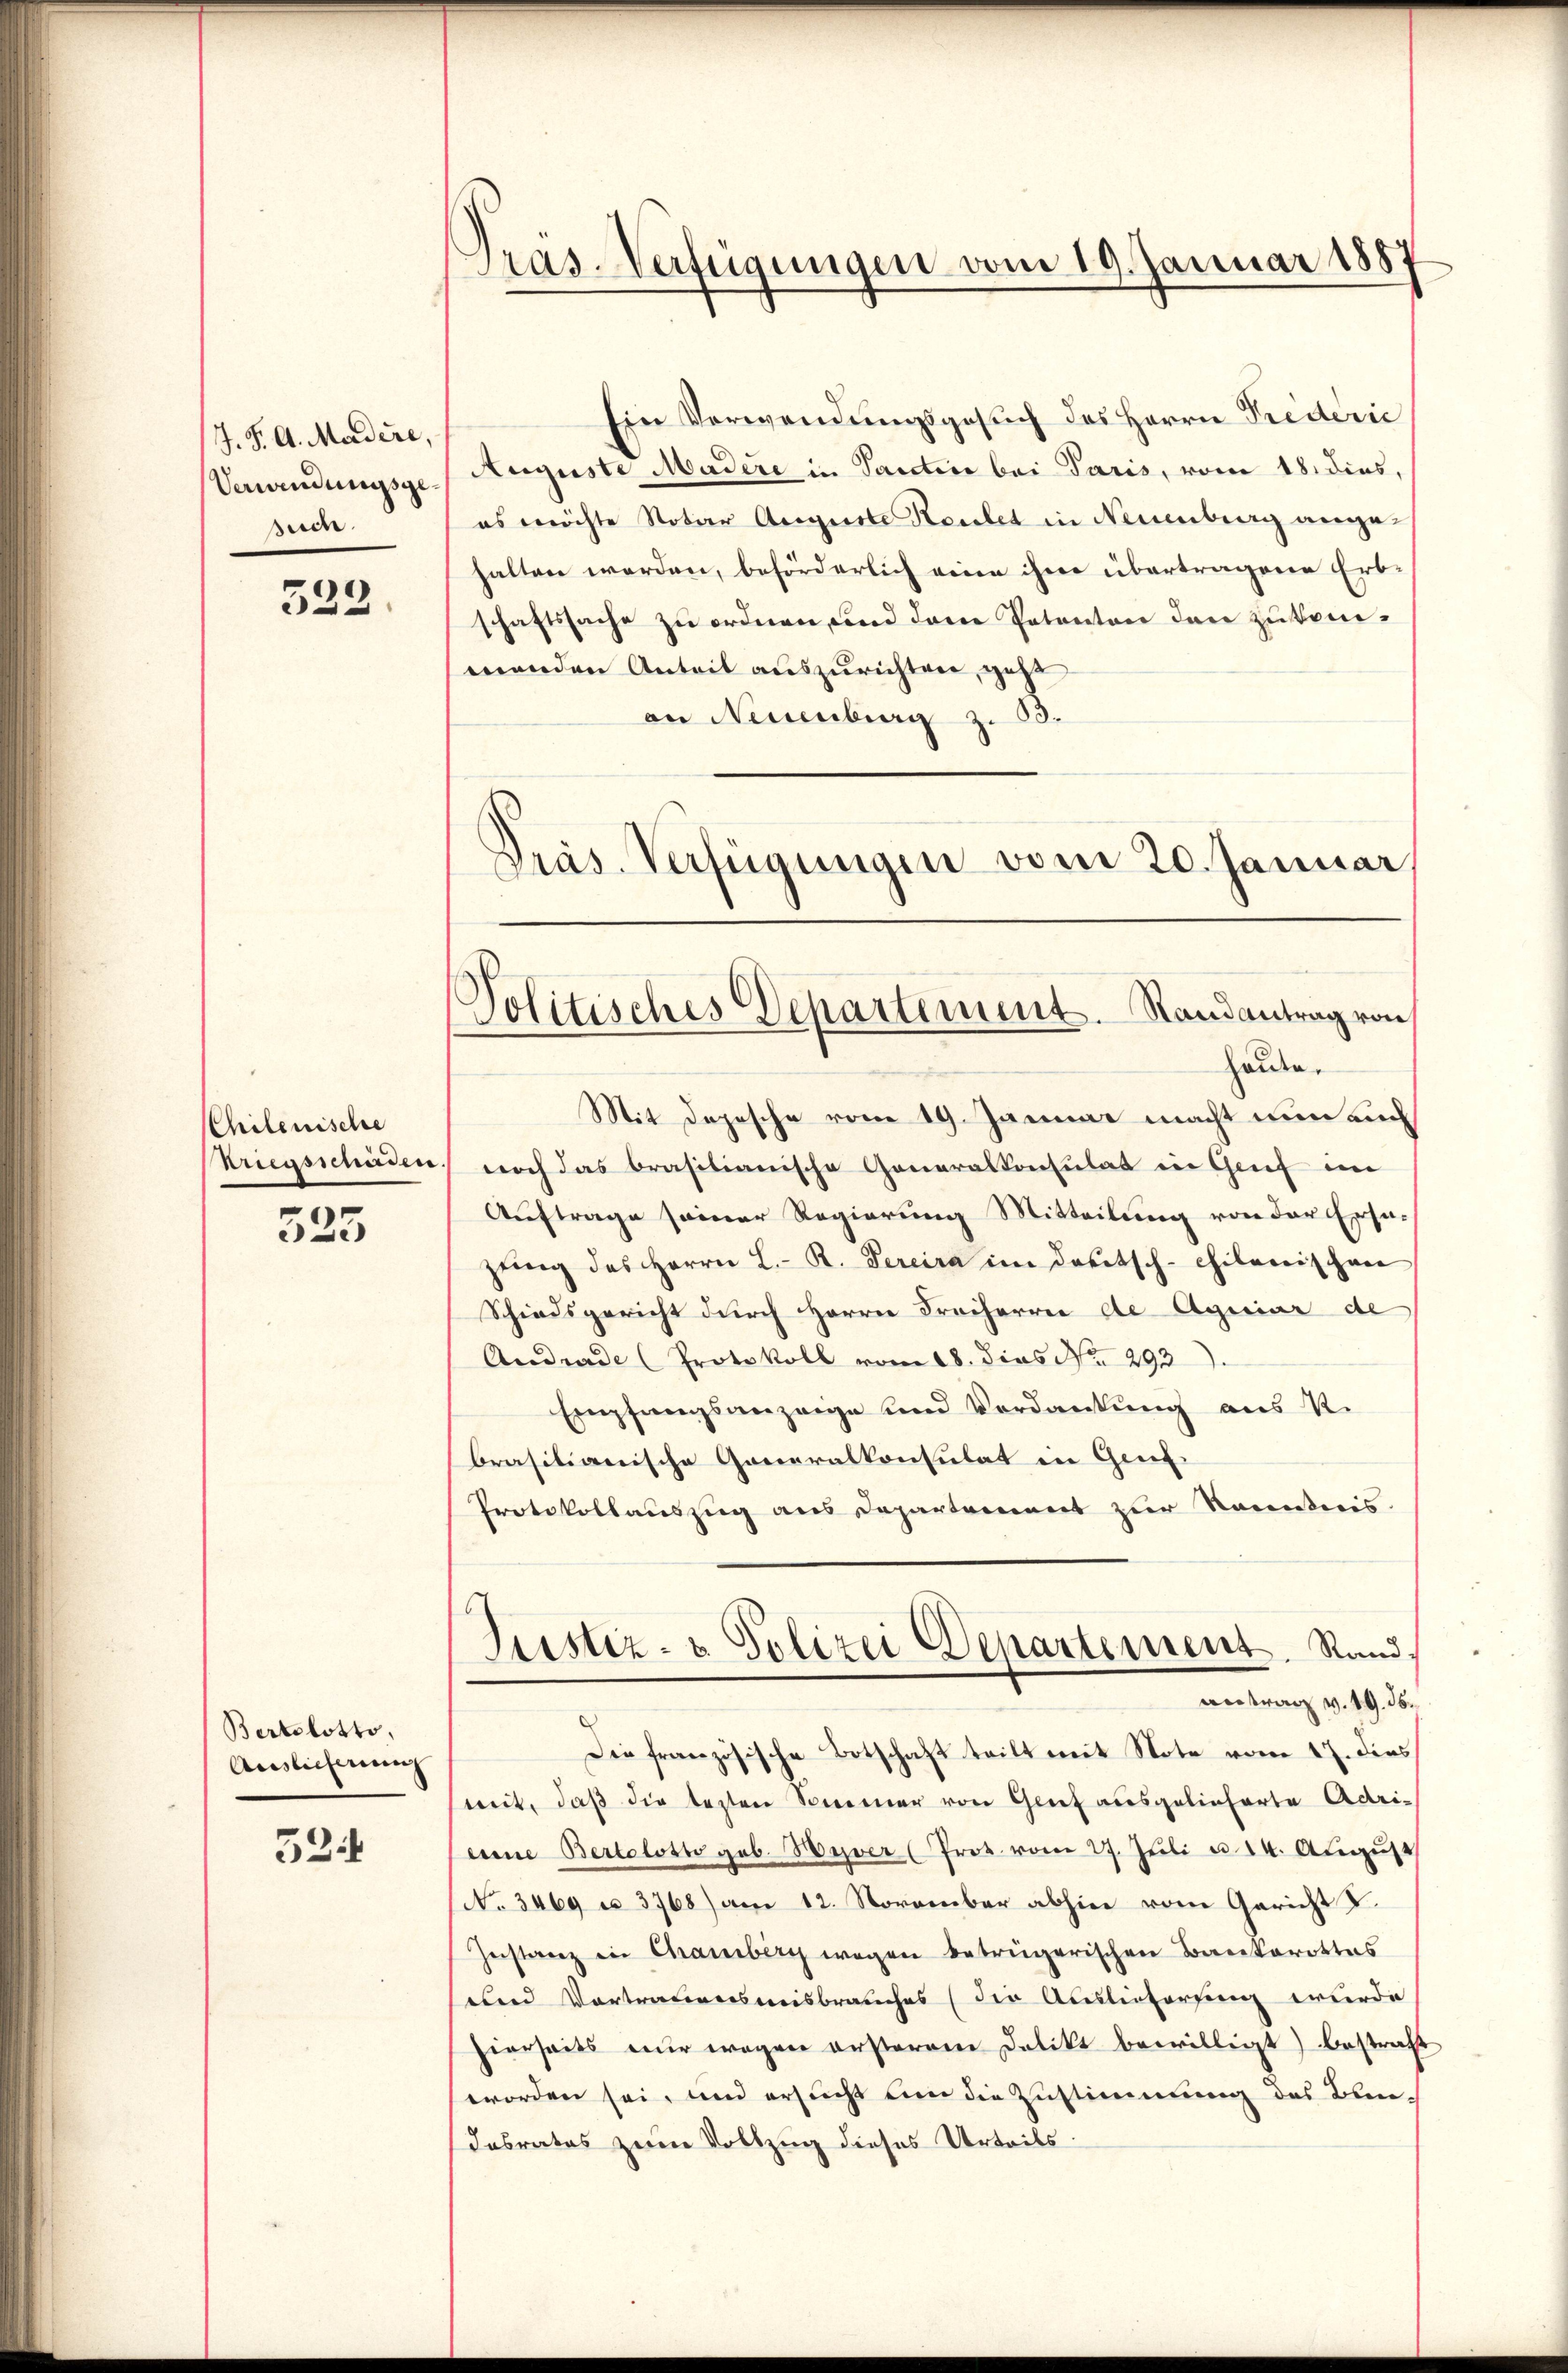
J. P. G. Madere,
Verwendungsgesuch.

323

CChilenische
Biegsschaden.

325

Bertolotto,
Auslieferung

524

Pras-Verfügungen vom 19. Januar 1887

Ein Verwendungsgesuch des Herrn Prederic
Auguste Madere in Santin bei Paris, vom 18. dies,
es möchte Notar Auguste Reutet in Neuenburg ange-
halten werden, beförderlich seien ihre übertragene Erb-
schaftssache zu ordnen, und dann Petenton den zukommenden Anteil auszurichten, geh
an Neuenburg z. 63.
Präs. Verfügungen vom 20. Januar,

Politisches Departement. Randantrag von
halden.

Mit Depesche vom 19. Januar macht nun auch
noch das brasilianische Generalkonsulat in Genf im
Auftrage seiner Regierung Mitteilung von der Ersazŭng des Herrn L. R. Percira im Deutsch-chilenischen
Schiedsgericht durch Herrn Freiherrn de Agniar de
Andrade (Protokoll vom 18. dies No 293.
Empfangsanzeige und Verdankung aus R.
brasilianische Generalkonsulat in Genf
Protokollauszug aus Departement zur Kenntnis.
Justiz- & Polizei Departement. Rand,
antrag v. 19. 36.
Die französische Botschaft teilt mit Note vom 17. dies
mit, daß die testen Sommer von Grief ausgelieferte Adrieine Bertolotto geb. Bover (Prot. vom 27. Jŭli u. 14. August
No 3469 u. 3768) am 12. November abhin vom Gericht u.
Zustanz in Chamberg wegen betrügerischen Baukarottes
und Vortrauensweisbrauches (der Auslieferung wurde
hierseits nur wegen ersterem Delikt bewilligt) bestraft
worden sei, und ersucht um die Zustimmung des Bun-
desrates zum Vollzug dieses Urteils